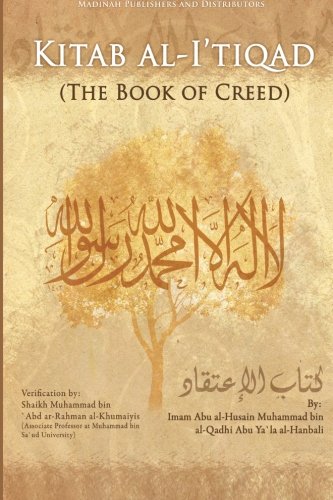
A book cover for Kitab al-I`tiqad: The Book of Creed; Muhammad al-Qadhi Abu Ya`la; Religion & Spirituality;